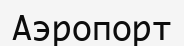
Аэропорт